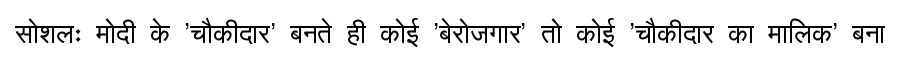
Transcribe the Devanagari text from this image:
सोशलः मोदी के 'चौकीदार' बनते ही कोई 'बेरोजगार' तो कोई 'चौकीदार का मालिक' बना